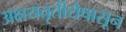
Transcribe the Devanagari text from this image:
अक्षयतृतीयेपासून